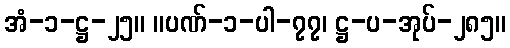
အံ-၁-ဋ္ဌ-၂၅။ ။ပဏ်-၁-ပါ-၇၇၊ ဋ္ဌ-ပ-အုပ်-၂၈၅။